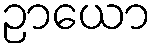
ဉာယော